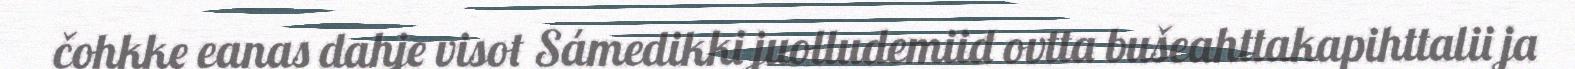
čohkke eanas dahje visot Sámedikki juolludemiid ovtta bušeahttakapihttalii ja